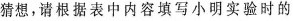
猜想，请根据表中内容填写小明实验时的